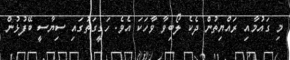
މި ގައުމާއި ރައްޔިތުން ދެކެ ލޯބިވާ ވާހަކަ އެވެ. ހަގީގަތުގައި ސިޔާސީ ބޭފުޅުން